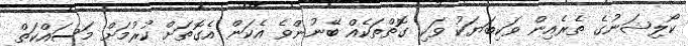
ކޯލިޝަނުގެ ތެރެއިން ވަކިބަޔަކު ވަކި ގޮތްތަކެއް ބޭނުންވެ އެކަން އެގޮތަށް ކުރުމަަށް މަސައްކަތް